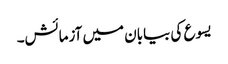
یسوع کی بیابان میں آزمائش۔